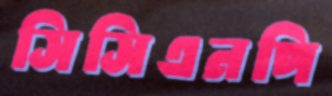
সিসিএনপি